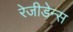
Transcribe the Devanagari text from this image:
रेजीडेन्स